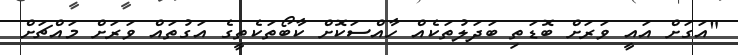
"އަގަށް އައީ ވަރަށް ބޮޑަތި ބަދަލުތަކެއް ހާއްސަކޮށް ކާބޯތަކެތީގެ އަގުތައް ވަރަށް މައްޗަށް